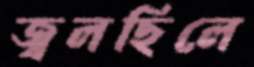
জ্বলছিলে